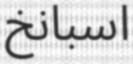
اسبانخ